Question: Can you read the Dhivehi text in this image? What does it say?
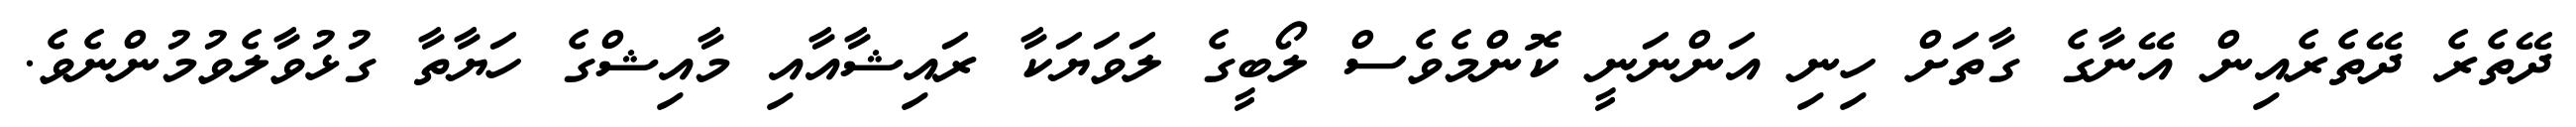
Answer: ދޭތެރެ ދޭތެރެއިން އޭނާގެ ގާތަށް ހިނި އަންނަނީ ކޮންމެވެސް ލޯބީގެ ލަވަޔަކާ ރައިޝާއާއި މާއިޝްގެ ހަޔާތާ ގުޅުވާލެވުމުންނެވެ.